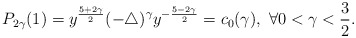
\begin{align*}P_{2\gamma}(1)=y^{\frac{5+2\gamma}{2}}(-\triangle)^{\gamma}y^{-\frac{5-2\gamma}{2}}=c_0(\gamma),\ \forall 0<\gamma<\frac{3}{2}.\end{align*}